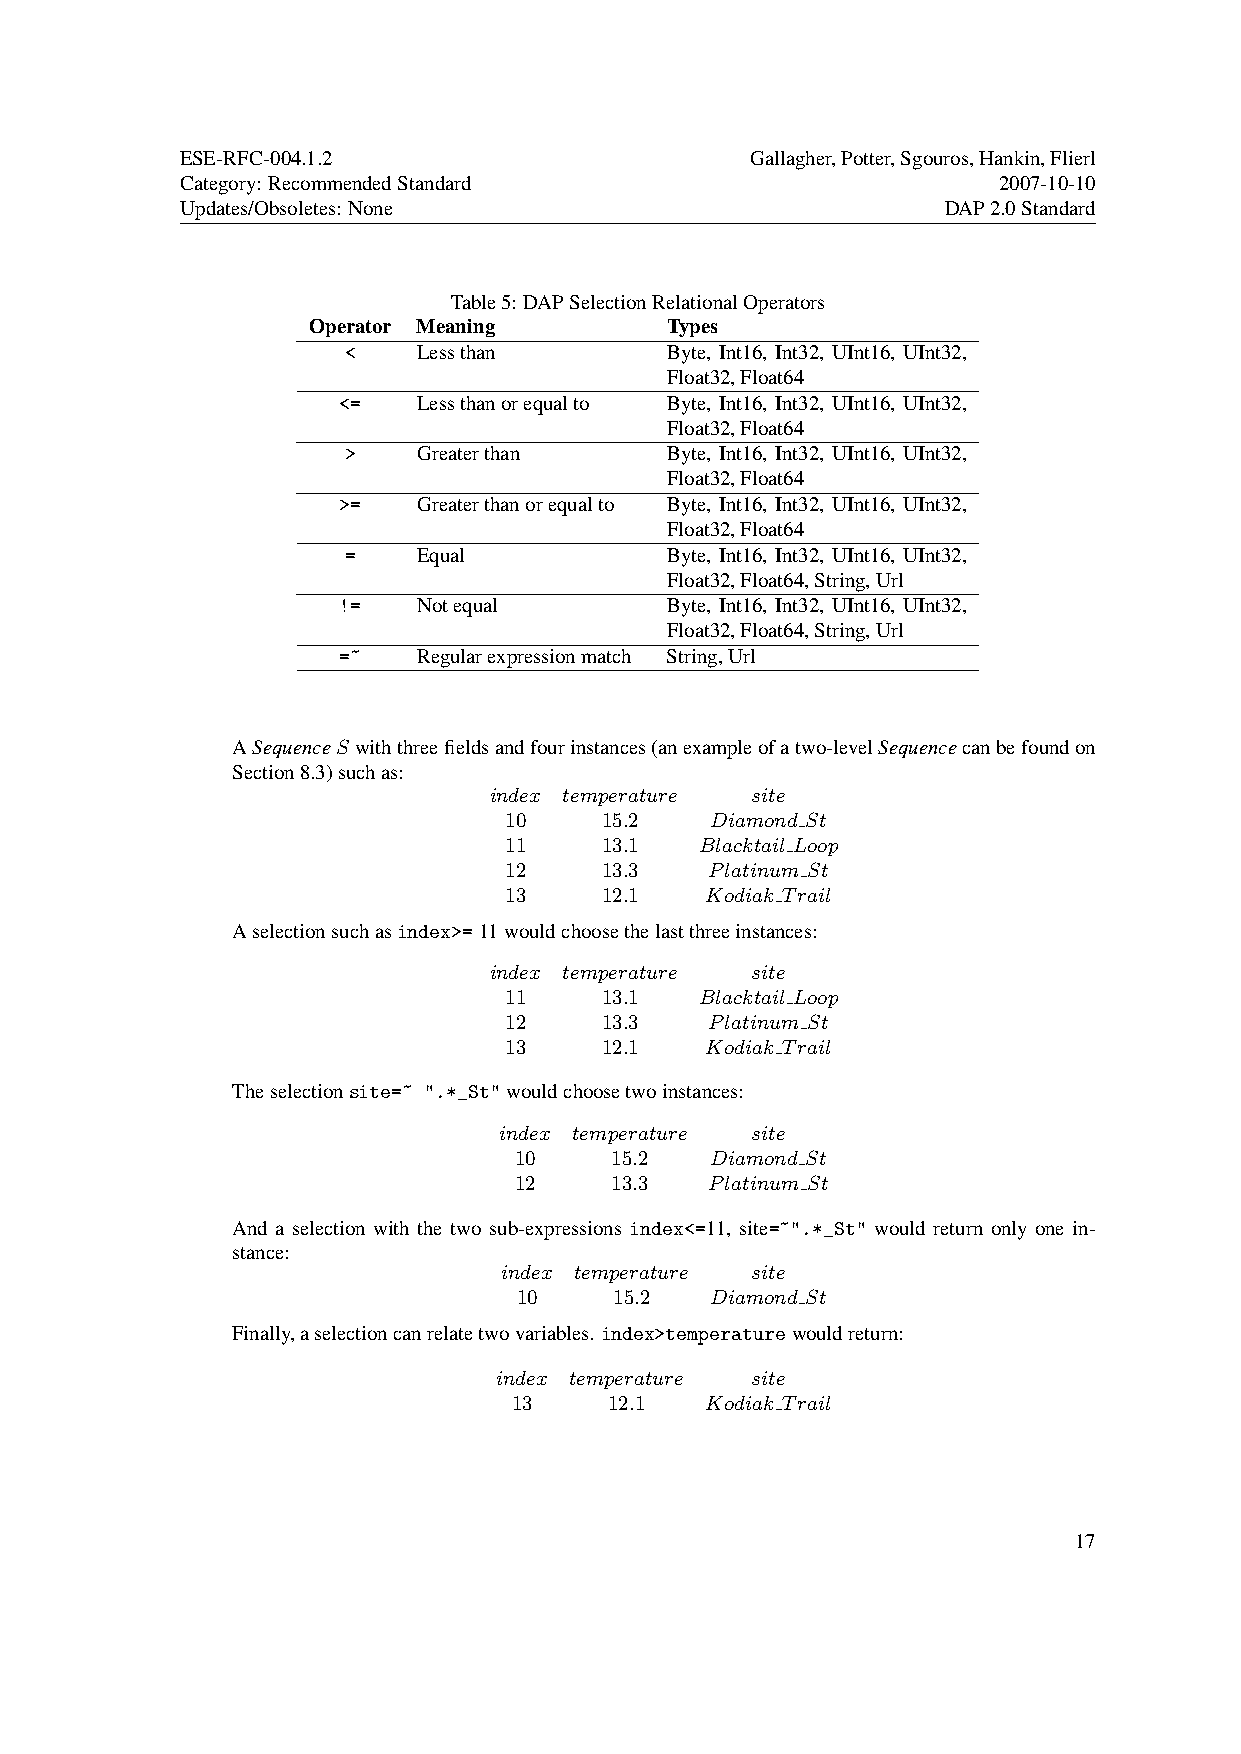
ESE-RFC-004.1.2                       Gallagher,Potter,Sgouros,Hankin,Flierl
 Category: RecommendedStandard                         2007-10-10
 Updates/Obsoletes: None                            DAP2.0Standard
 Table5: DAPSelectionRelationalOperators
 Operator Meaning        Types
 <    Lessthan        Byte, Int16, Int32, UInt16, UInt32,
 Float32,Float64
 <=    Lessthanorequalto Byte, Int16, Int32, UInt16, UInt32,
 Float32,Float64
 >    Greaterthan     Byte, Int16, Int32, UInt16, UInt32,
 Float32,Float64
 >=    Greaterthanorequalto Byte, Int16, Int32, UInt16, UInt32,
 Float32,Float64
 =    Equal           Byte, Int16, Int32, UInt16, UInt32,
 Float32,Float64,String,Url
 !=    Notequal        Byte, Int16, Int32, UInt16, UInt32,
 Float32,Float64,String,Url
 =~    Regularexpressionmatch String,Url
 ASequenceS withthreefieldsandfourinstances(anexampleofatwo-levelSequencecanbefoundon
 Section8.3)suchas:
 index temperature site
 10     15.2   Diamond St
 11     13.1  Blacktail Loop
 12     13.3   Platinum St
 13     12.1   Kodiak Trail
 Aselectionsuchasindex>=11wouldchoosethelastthreeinstances:
 index temperature site
 11     13.1  Blacktail Loop
 12     13.3   Platinum St
 13     12.1   Kodiak Trail
 Theselectionsite=~ ".*_St"wouldchoosetwoinstances:
 index temperature site
 10    15.2   Diamond St
 12    13.3   Platinum St
 And a selection with the two sub-expressions index<=11, site=~".*_St" would return only one in-
 stance:
 index temperature site
 10     15.2  Diamond St
 Finally,aselectioncanrelatetwovariables. index>temperaturewouldreturn:
 index temperature site
 13    12.1   Kodiak Trail
 17